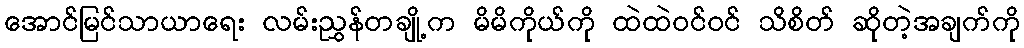
အောင်မြင်သာယာရေး လမ်းညွှန်တချို့က မိမိကိုယ်ကို ထဲထဲဝင်ဝင် သိစိတ် ဆိုတဲ့အချက်ကို